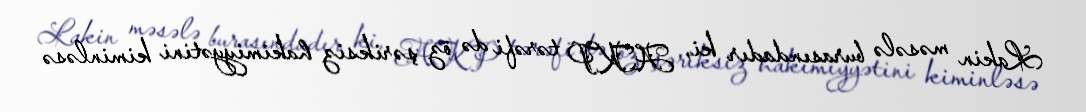
Lakin məsələ burasındadır ki, AKP tərəfi də öz şəriksiz hakimiyyətini kiminləsə